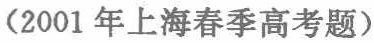
（2001年上海春季高考题）